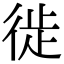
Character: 徙